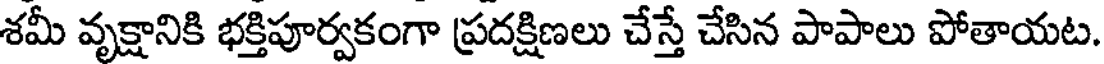
శమీ వృక్షానికి భక్తిపూర్వకంగా ప్రదక్షిణలు చేస్తే చేసిన పాపాలు పోతాయట.